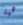
هية